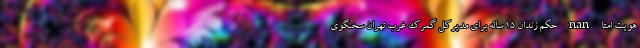
هویت امتا nan حکم زندان ۱۵ ساله برای مدیرکل گمرک غرب تهران سخنگوی